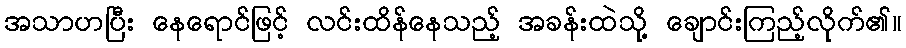
အသာဟပြီး နေရောင်ဖြင့် လင်းထိန်နေသည့် အခန်းထဲသို့ ချောင်းကြည့်လိုက်၏။